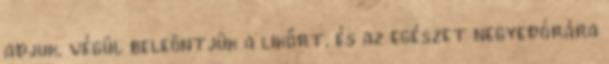
adjuk, végül beleöntjük a likőrt, és az egészet negyedórára